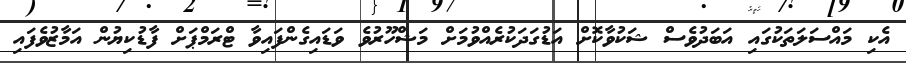
އެކި މައްސަލަތަކުގައި އަބަދުވެސް ޝަކުވާކޮށް އަޑުގަދަކުރެއްވުމަށް މަޝްހޫރުވެ ވަޑައިގެންފައިވާ ޓްރަމްޕަށް ފާޑުކިޔުން އަމާޒުވެފައި